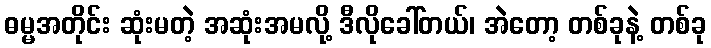
ဓမ္မအတိုင်း ဆုံးမတဲ့ အဆုံးအမလို့ ဒီလိုခေါ်တယ်၊ အဲတော့ တစ်ခုနဲ့ တစ်ခု